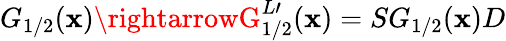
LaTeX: G_{1/2}(\mathbf{x})\rightarrowG_{1/2}^{L\prime}(\mathbf{x})=SG_{1/2}(\mathbf{x})D